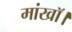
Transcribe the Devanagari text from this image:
मांखॉ।